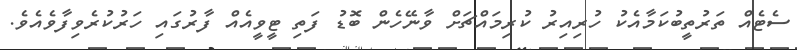
ސެޓެއް ތަރުތީބުކަމާއެކު ހުރިއިރު ކުރިމައްޗަށް ވާނޭހެން ބޮޑު ފަތި ޓީވީއެއް ފާރުގައި ހަރުކުރެވިފާވެއެވެ.